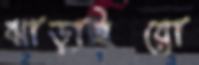
ঝাড়াইয়ো